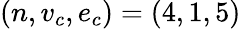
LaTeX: (n,v_{c},e_{c})=(4,1,5)